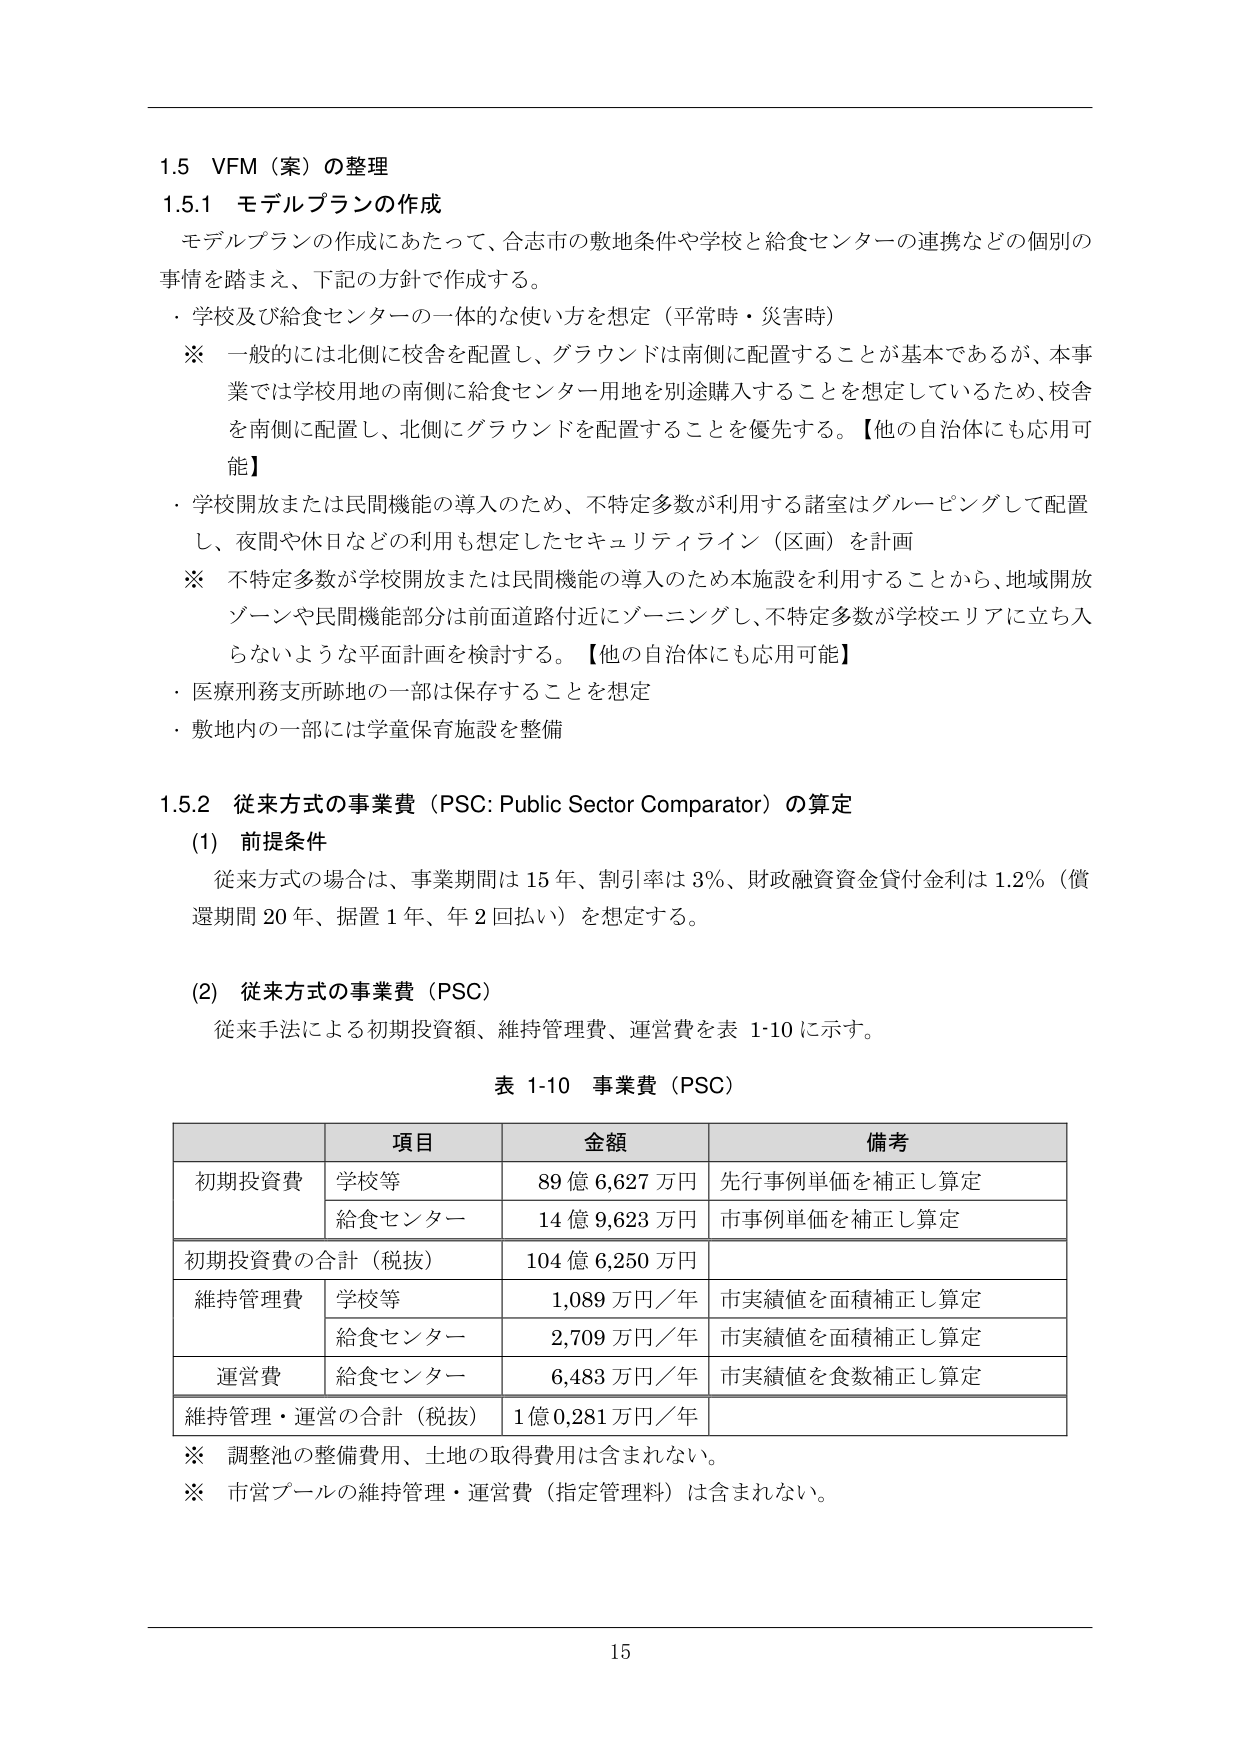
1.5 VFM（案）の整理
1.5.1 モデルプランの作成
モデルプランの作成にあたって、合志市の敷地条件や学校と給食センターの連携などの個別の事情を踏まえ、下記の方針で作成する。
・学校及び給食センターの一体的な使い方を想定（平常時・災害時）
※ 一般的には北側に校舎を配置し、グラウンドは南側に配置することが基本であるが、本事業では学校用地の南側に給食センター用地を別途購入することを想定しているため、校舎を南側に配置し、北側にグラウンドを配置することを優先する。【他の自治体にも応用可能】
・学校開放または民間機能の導入のため、不特定多数が利用する諸室はグルーピングして配置し、夜間や休日などの利用も想定したセキュリティライン（区画）を計画
※ 不特定多数が学校開放または民間機能の導入のため本施設を利用することから、地域開放ゾーンや民間機能部分は前面道路付近にゾーニングし、不特定多数が学校エリアに立ち入らないような平面計画を検討する。【他の自治体にも応用可能】
・医療刑務支所跡地の一部は保存することを想定
・敷地内の一部には学童保育施設を整備

1.5.2 従来方式の事業費（PSC: Public Sector Comparator）の算定
(1) 前提条件
従来方式の場合は、事業期間は15年、割引率は3%、財政融資資金貸付金利は1.2%（償還期間20年、据置1年、年2回払い）を想定する。

(2) 従来方式の事業費（PSC）
従来手法による初期投資額、維持管理費、運営費を表1-10に示す。

表1-10 事業費（PSC）

| | 項目 | 金額 | 備考 |
|---|---|---|---|
| 初期投資費 | 学校等 | 89億6,627万円 | 先行事例単価を補正し算定 |
| | 給食センター | 14億9,623万円 | 市事例単価を補正し算定 |
| 初期投資費の合計（税抜） | | 104億6,250万円 | |
| 維持管理費 | 学校等 | 1,089万円／年 | 市実績値を面積補正し算定 |
| | 給食センター | 2,709万円／年 | 市実績値を面積補正し算定 |
| 運営費 | 給食センター | 6,483万円／年 | 市実績値を食数補正し算定 |
| 維持管理・運営の合計（税抜） | | 1億0,281万円／年 | |

※ 調整池の整備費用、土地の取得費用は含まれない。
※ 市営プールの維持管理・運営費（指定管理料）は含まれない。

15